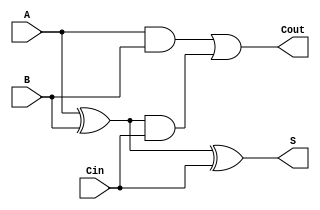
// ece 564 - project 1 - Arpad Voros
// full adder
module full_adder (A, B, Cin, S, Cout);
// inputs A, B, carry in
input A;
input B;
input Cin;

// sum and carry out
output S;
output Cout;

// wires
wire ab_xor;
wire S;
wire Cout;

// logic
assign ab_xor = A ^ B;
assign S = ab_xor ^ Cin;
assign Cout = (A & B) | (ab_xor & Cin);

endmodule